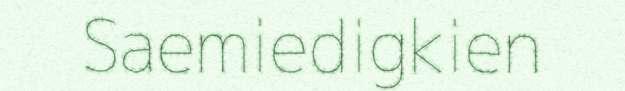
Saemiedigkien